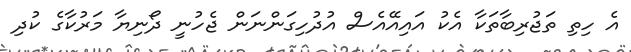
އެ ހިތި ތަޖުރިބާތަކާ އެކު އައިއޭއެސް އުދުހިގަންނަން ޖެހުނީ ދޯނިޔާ މަރުކާގެ ކުދި